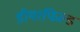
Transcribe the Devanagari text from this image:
डीयरफिल्ड